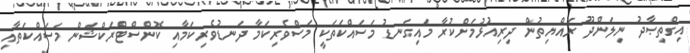
އިގްތިޞާދު ނިލަންދޫ ރައްޔިތުން ދިރިއުޅުމަށްކުރާ މައިގަނޑު މަސައްކަތަކީ މަސްވެރިކަމާ ދަނޑުވެރިކަމާއި ކޮންސްޓްރަކްޝަން މަސައްކަތާއި